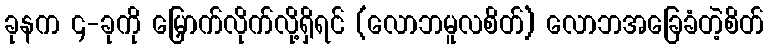
ခုနက ၄-ခုကို မြှောက်လိုက်လို့ရှိရင် (လောဘမူလစိတ်) လောဘအခြေခံတဲ့စိတ်